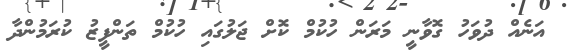
އަނެއް ދުވަހު ގޮވާނީ މަރަން ހުކުމް ކޮށް ޖަލުގައި ހުކުމް ތަންފީޒު ކުރަމުންދާ